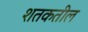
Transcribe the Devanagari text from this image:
शतकतील